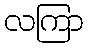
လကြာ